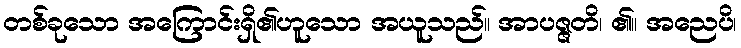
တစ်ခုသော အကြောင်းရှိ၏ဟူသော အယူသည်။ အာပဇ္ဇတိ၊ ၏။ အညေပိ၊